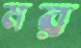
মর